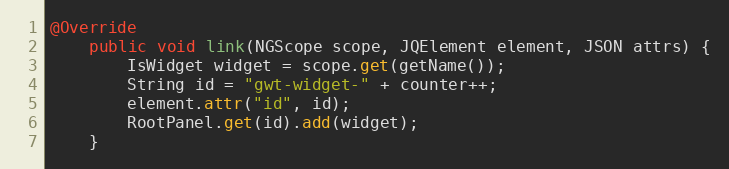
Language: Java
@Override
    public void link(NGScope scope, JQElement element, JSON attrs) {
        IsWidget widget = scope.get(getName());
        String id = "gwt-widget-" + counter++;
        element.attr("id", id);
        RootPanel.get(id).add(widget);
    }